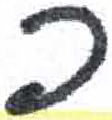
אות: כ